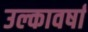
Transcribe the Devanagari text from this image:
उल्कावर्षा